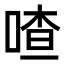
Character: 喳